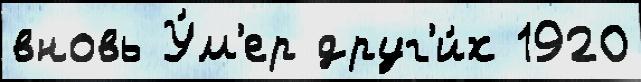
вновь У́м'ер друг'и́х 1920